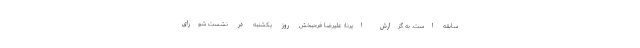
سابقه است. به گزارش ایرنا؛ علیرضا فرحبخش روز یکشنبه در نشست شورای